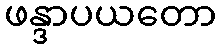
ဖန္ဒာပယတော